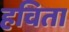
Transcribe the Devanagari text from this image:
हविता